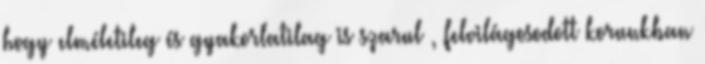
hogy elméletileg és gyakorlatilag is szarul , felvilágosodott korunkban